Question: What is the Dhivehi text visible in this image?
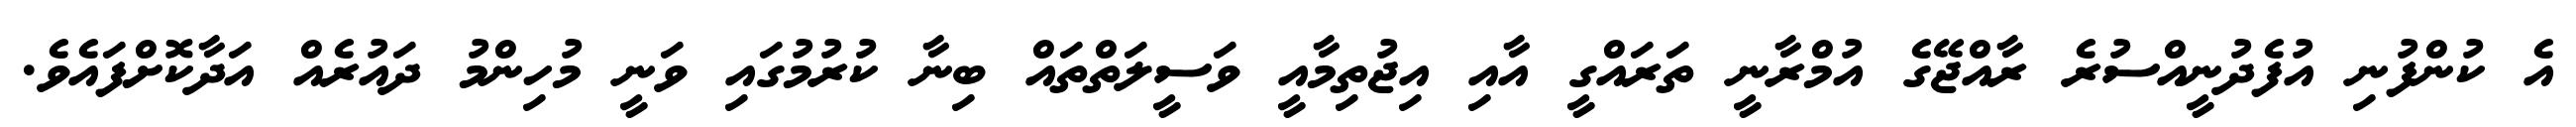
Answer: އެ ކުންފުނި އުފެދުނީއްސުރެ ރާއްޖޭގެ އުމްރާނީ ތަރައްގީ އާއި އިޖުތިމާއީ ވަސީލަތްތައް ބިނާ ކުރުމުގައި ވަނީ މުހިންމު ދައުރެއް އަދާކޮށްފައެވެ.